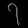
Digit: ၇